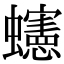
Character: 䘆